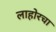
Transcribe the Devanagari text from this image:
लाहोरचा